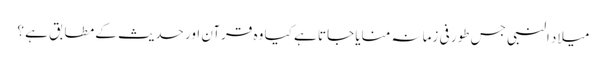
میلاد النبی جس طور فی زمانہ منایا جاتا ہے کیا وہ قرآن اور حدیث کے مطابق ہے ؟